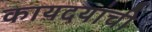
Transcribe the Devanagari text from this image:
कायदयांची